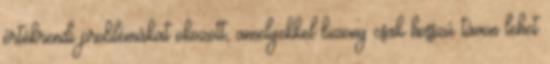
értékrendi problémákat okozott, amelyekkel bizony csak hosszú távon lehet